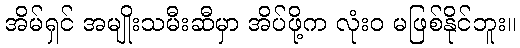
အိမ်ရှင် အမျိုးသမီးဆီမှာ အိပ်ဖို့က လုံးဝ မဖြစ်နိုင်ဘူး။